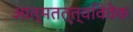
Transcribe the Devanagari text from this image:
आत्मतत्त्वविवेक